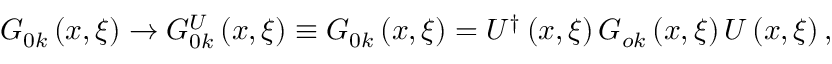
G _ { 0 k } \left( { x , \xi } \right) \to G _ { 0 k } ^ { U } \left( { x , \xi } \right) \equiv { \cal G } _ { 0 k } \left( { x , \xi } \right) = U ^ { \dag } \left( { x , \xi } \right) G _ { o k } \left( { x , \xi } \right) U \left( { x , \xi } \right) ,